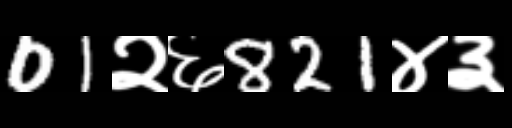
Text: 01२६821४३